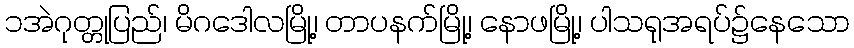
၁အဲဂုတ္တုပြည်၊ မိဂဒေါလမြို့၊ တာပနက်မြို့၊ နောဖမြို့၊ ပါသရုအရပ်၌နေသော